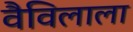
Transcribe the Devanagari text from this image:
वैविलाला